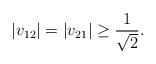
LaTeX: \begin{align*}|v_{12}| = |v_{21}| \geq \frac{1}{\sqrt{2}}.\end{align*}